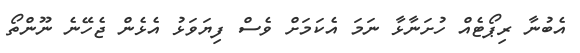
އެބުނާ ރިޕޯޓެއް ހުށަނާޅާ ނަމަ އެކަމަށް ވެސް ފިޔަވަޅު އެޅެން ޖެހޭނެ ނޫންތޯ